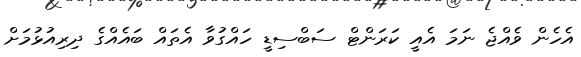
އެހެން ވެއްޖެ ނަމަ އެއީ ކަރަންޓް ސަބްސިޑީ ހައްގުވާ އެތައް ބައެއްގެ ދިރިއުޅުމަށް